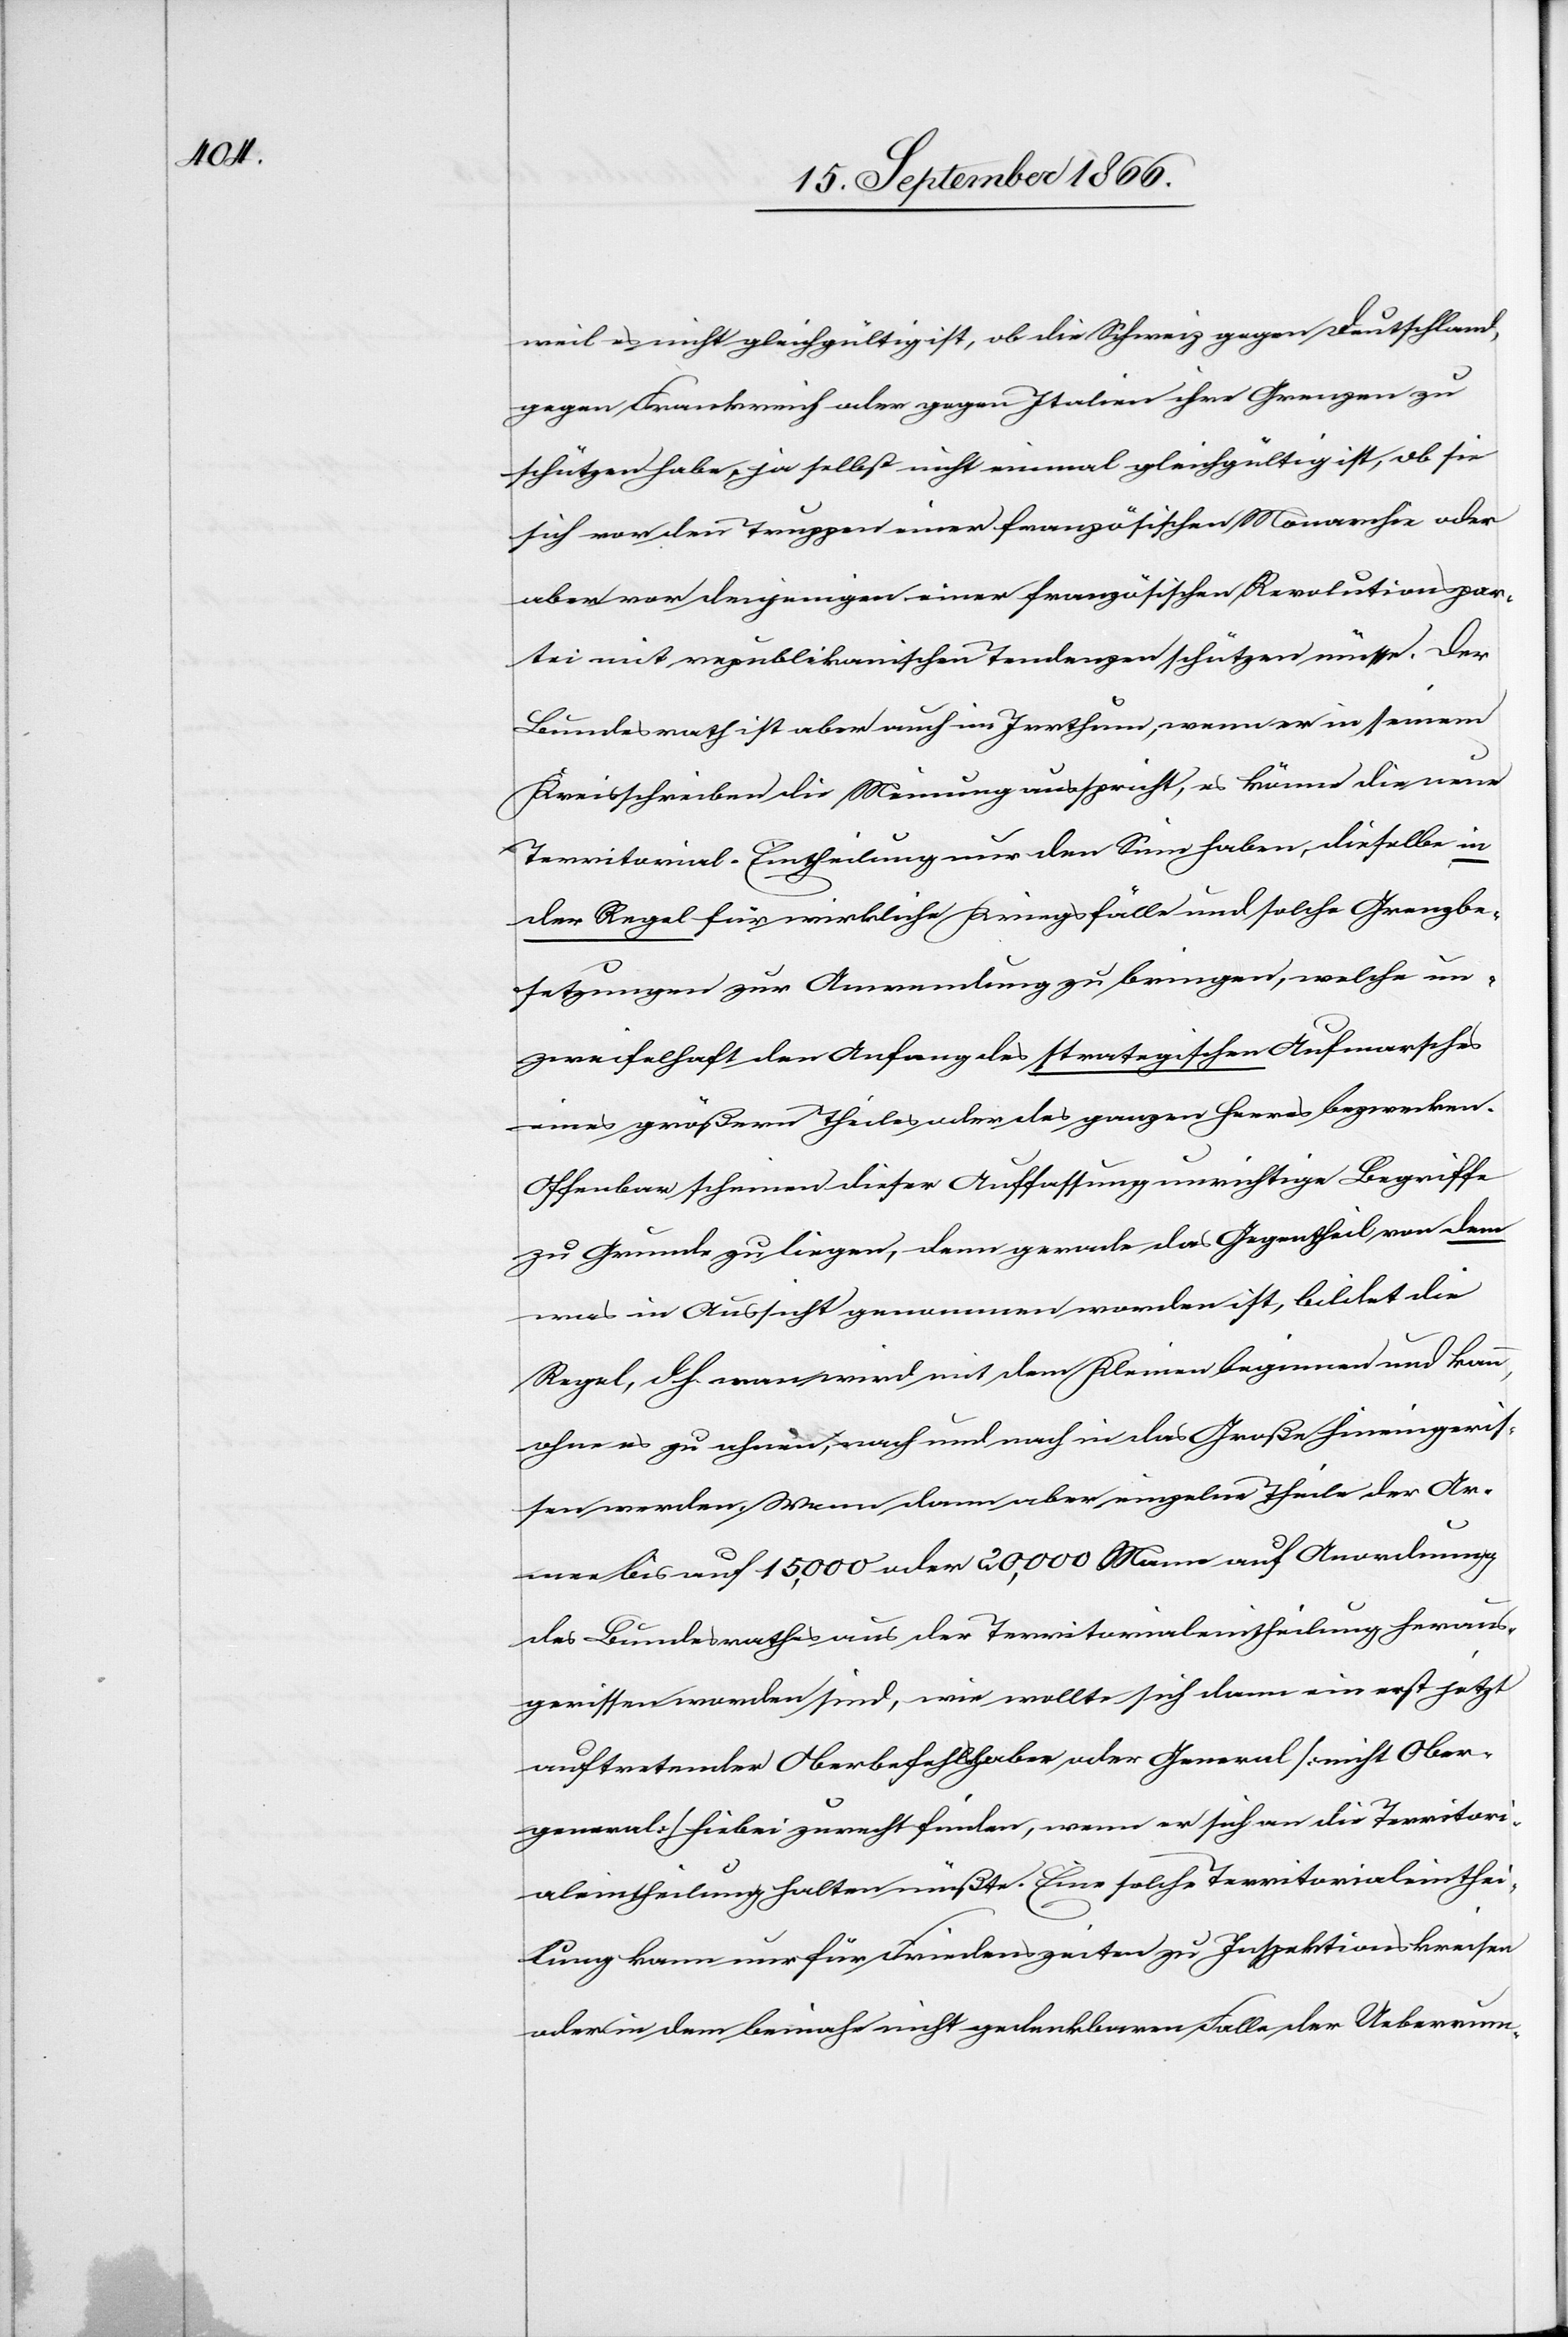
weil es nicht gleichgültig ist, ob die Schweiz gegen Deutschland,
gegen Frankreich oder gegen Italien ihre Grenzen zu
schützen habe, ja selbst nicht einem gleichgültig ist, ob sie
sich vor den Truppen einer französischen Monarchie oder
aber vor denjenigen einer französischen Revolutionspar¬
tei mit republikanischen Tendenzen schützen müsse. Der
Bundesrath ist aber auch im Irrthum, wenn er in seinem
Kreisschreiben die Meinung ausspricht, es könne die neue
Territorial-Eintheilung nur den Sinn haben, dieselbe in
der Regel für wirkliche Kriegsfälle und solche Grenzbe¬
setzungen zur Anwendung zu bringen, welche un¬
zweifelhaft den Anfang des strategischen Aufmarsches
eines größern Theiles oder des ganzen Heeres bezwecken.
Offenbar scheinen dieser Auffassung unrichtige Begriffe
zu Grunde zu liegen, denn gerade das Gegentheil von dem
was in Aussicht genommen worden ist, bildet die
Regel, d. h. man wird mit dem Kleinen beginnen und kann,
ohne es zu ahnen, nach und nach in das Große hineingeriß¬
en werden. Wenn dann aber einzelne Theile der Ar¬
mee bis auf 15 000 oder 20 000 Man auf Anordnung
des Bundesrathes aus der Territorialeintheilung heraus¬
gerissen worden sind, wie wollte sich dann ein erst jetzt
auftretender Oberbefehlshaber oder General [nicht Ober¬
general] hiebei zurechtfinden, wenn er sich an die Territori¬
aleintheilung halten müßte. Eine solche Territorialeinthei¬
lung kann nur für Friedenszeiten zu Inspektionskreisen
oder in dem beinahe nicht gedenkbaren Falle der Ueberrum-